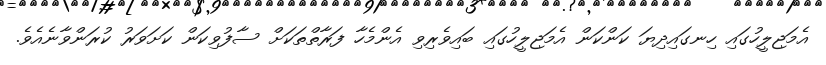
އެމަޖިލީހުގައި ހިނގައިދިޔަ ކަންކަން އެމަޖިލީހުގައި ބައިވެރިވި އެންމެހާ ފަރާތްތަކަށް ސާފުވިކަން ކަށަވަރު ކުރަންވާނެއެވެ.